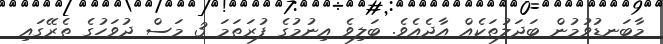
މާބަނޑުވުމުން ބަދަލުތަކެއް އާދެއެވެ. ބަލިވެ އިނުމުގެ ފުރަތަމަ 3 މަސް ދުވަހުގެ ތެރޭގައި